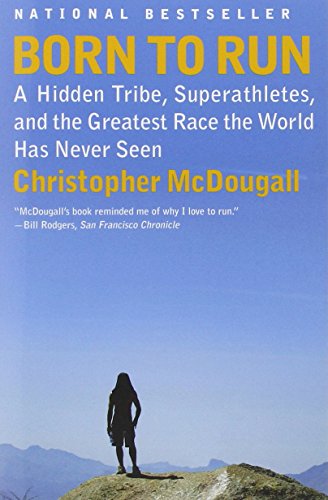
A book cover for Born to Run: A Hidden Tribe, Superathletes, and the Greatest Race the World Has Never Seen; Christopher McDougall; Health, Fitness & Dieting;